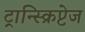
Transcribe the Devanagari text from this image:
ट्रान्स्क्रिप्टेज